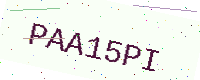
Text: PAA15PI